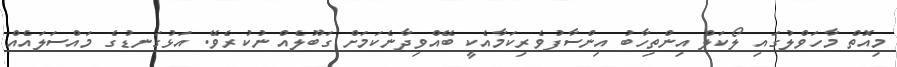
މިއޮތް މާހަވްލުގައި ލޯކަލް އިންތިހާބު އިންސާފުވެރިކަމާއެކީ ބޭއްވިދާނެކަމަށް ގަބޫލެއް ނުކުރެވޭ. އަޅުގަނޑުގެ މައްސަލައެއް